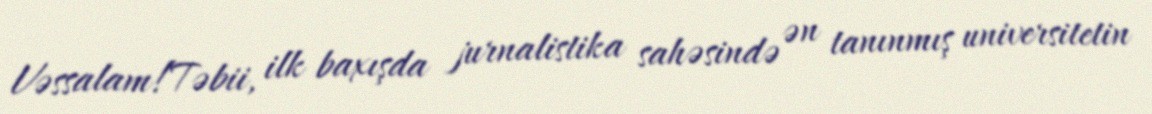
Vəssalam!Təbii, ilk baxışda jurnalistika sahəsində ən tanınmış universitetin